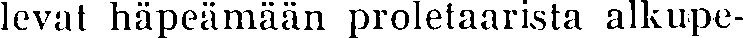
levat häpeämään proletaarista alkupe-